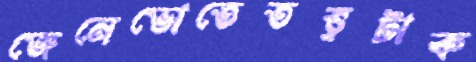
জেনেভোতেতত্ত্বটাক